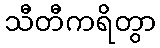
သီတီကရိတွာ